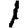
Digit: 1